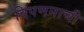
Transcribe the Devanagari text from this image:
विपणनाची